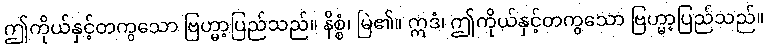
ဤကိုယ်နှင့်တကွသော ဗြဟ္မာ့ပြည်သည်။ နိစ္စံ၊ မြဲ၏။ ဣဒံ၊ ဤကိုယ်နှင့်တကွသော ဗြဟ္မာ့ပြည်သည်။